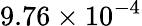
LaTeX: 9.76\times 10^{-4}